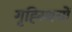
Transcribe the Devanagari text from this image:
गृह्स्थियों